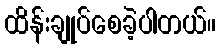
ထိန်းချုပ်စေခဲ့ပါတယ်။